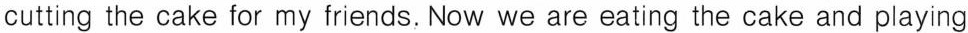
cutting the cake for my friends, Now we are eating the cake and playing